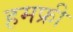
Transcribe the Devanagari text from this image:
हमफ्री